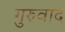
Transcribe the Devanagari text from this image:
गुरुवाद